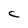
Character: C